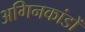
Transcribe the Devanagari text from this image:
अगिनकांडों